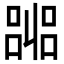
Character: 嘂